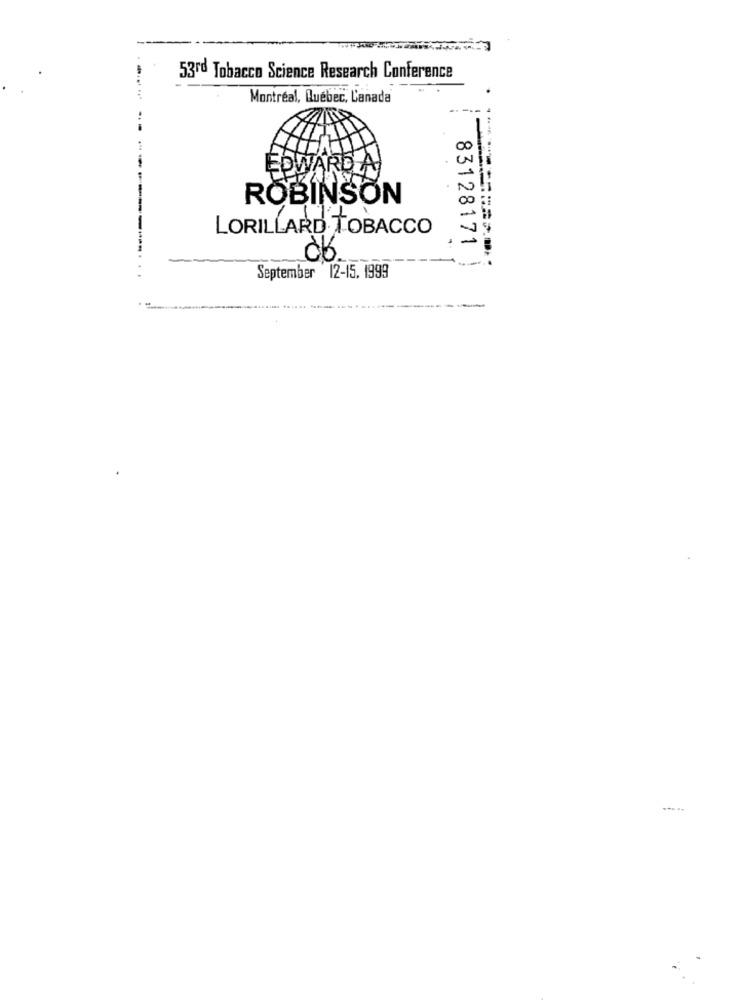
53rd Tobacco Science Research Conference
Montréal, Québec, Canada
EDWARD A
ROBINSON
LORILLARD TOBACCO
83128171
0
-..... . .
September 12-15. 1999